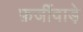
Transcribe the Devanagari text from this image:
फ़र्जीवाड़े